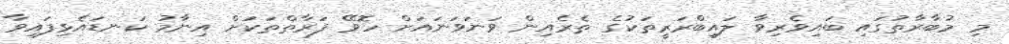
މި މުބާރާތުގައި ބައިވެރިވާ ލައިބްރަރީތަކުގެ ތެރެއިން ވަނަވަނައަށް ހޮވޭ ފަރާތްތަކަށް އިނާމު ކަނޑައެޅިފައިވާ